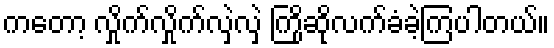
ကတော့ လှိုက်လှိုက်လှဲလှဲ ကြိုဆိုလက်ခံခဲ့ကြပါတယ်။